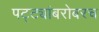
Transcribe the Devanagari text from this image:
पट्ट्यांबरोबरच